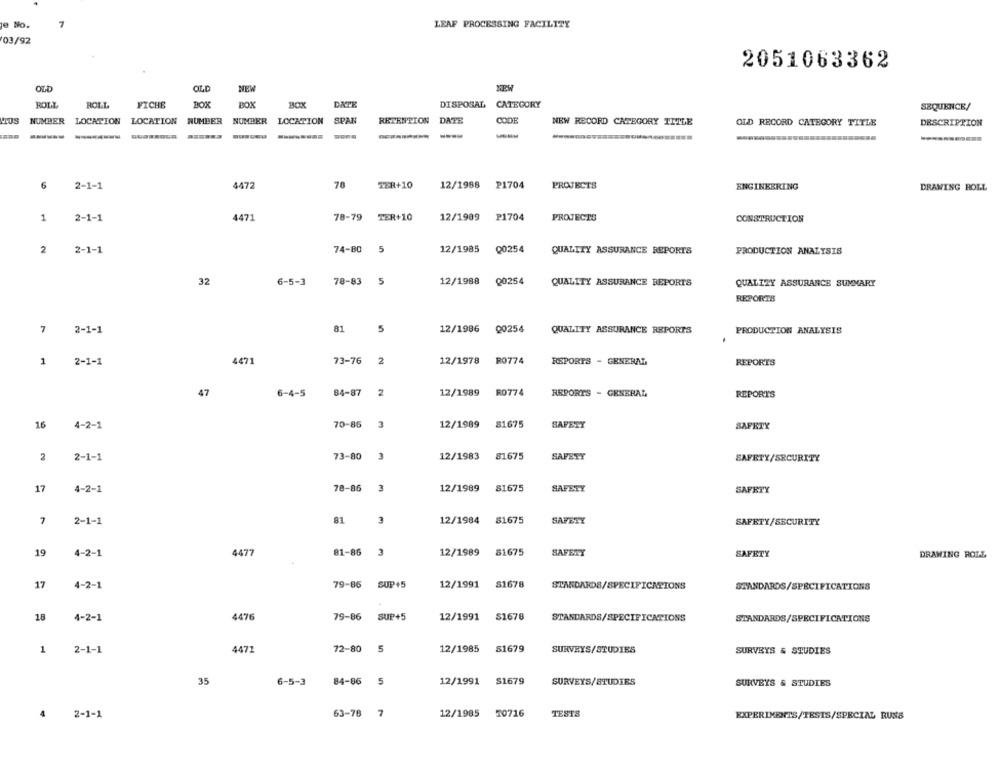
e No.
LEAF PROCESSING FACILITY
03/92
2051063362
OLD
OLD
NEW
NEW
ROLL
ROLL
FICHE
BOX
BOX
BOX
DATE
DISPOSAL
CATEGORY
SEQUENCE/
NUMBER
LOCATION LOCATION NUMBER
NUMBER
LOCATION SPAN
RETENTION
DATE
CODE
NEW RECORD CATEGORY TITLE
OLD RECORD CATEGORY TITLE
DESCRIPTION
-
6
4472
70
TER+10
12/1988
P1704
PROJECTS
2-1-1
ENGINEERING
DRAWING ROLL
4471
78-79
1
2-1-1
TER+10
12/1989
P1704
PROJECTS
CONSTRUCTION
2
2-1-1
74-80
5
12/1985
Q0254
QUALITY ASSURANCE REPORTS
PRODUCTION ANALYSIS
32
6-5-3
78-83
5
12/1988
Q0254
QUALITY ASSURANCE REPORTS
QUALITY ASSURANCE SUMMARY
REPORTS
7
2-1-1
81
5
12/1986
Q0254
QUALITY ASSURANCE REPORTS
PRODUCTION ANALYSIS
1
4471
73-76
2
12/1978
R0774
2-1-1
RSPORTS - GENERAL
REPORTS
47
84-87
2
12/1989
R0774
6-4-5
REPORTS - GENERAL
REPORTS
70-85
3
16
4-2-1
12/1989
81675
SAFETY
SAFETY
2
2-1-1
73-80
12/1983
81675
SAFETY
SAFETY/SECURITY
17
4-2-1
78-86
12/1989
81675
SAFETY
SAFETY
7
2-1-1
81
3
12/1984
81675
SAFETY
SAFETY/SECURITY
19
4-2-1
4477
81-86
3
12/1989
81675
SAFETY
SAFETY
DRAWING ROLE
17
SUP+5
12/1991
S1678
4-2-1
79-86
STANDARDS/SPECIFICATIONS
STANDARDS/SPÉCIFICATIONS
18
4-2-1
4476
79-86
SUP+5
12/1991
51678
STANDARDS/SPECIFICATIONS
STANDARDS/SPECIFICATIONS
1
2-1-1
4471
72-80
5
12/1985
51679
SURVEYS/STUDIES
SURVEYS & STUDIES
35
6-5-3
84-86
5
12/1991
$1679
SURVEYS/STUDIES
SURVEYS & STUDIES
4
2-1-1
63-78
7
12/1985
50716
TESTS
EXPERIMENTS/TESTS/SPECIAL RUSS